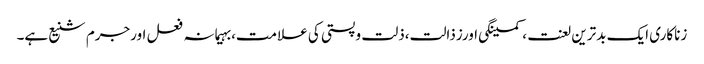
زناکاری ایک بدترین لعنت ،کمینگی اورزذالت،ذلت وپستی کی علامت،بہیمانہ فعل اورجرم شنیع ہے۔